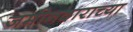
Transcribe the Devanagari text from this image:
जमीनदाराच्या